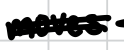
Text: moves
Cross-out: double-line
Writing tool: digital_black